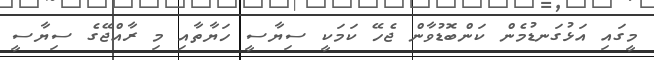
މީގައި އަޅުގަނޑުމެން ކަންބޮޑުވާން ޖެހޭ ކަމަކީ ސިޔާސީ ހަޔާތާއި މި ރާއްޖޭގެ ސިޔާސީ